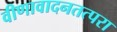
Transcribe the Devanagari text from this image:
वीणावादनतत्परा